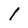
Character: l